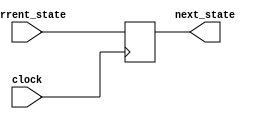
// Copyright 2003 Star Galaxy Publishing

module gang_ffs (current_state, clock, next_state);
  input [3:0] current_state;
  input clock;

  output [3:0] next_state;
  reg [3:0] next_state;

  always @(negedge clock)
    next_state = current_state;
endmodule